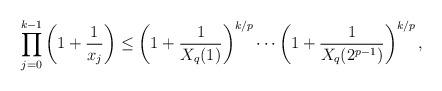
LaTeX: \begin{align*}\prod_{j=0}^{k-1} \left(1 + \frac{1}{x_{j}} \right) &\leq \left(1 + \frac{1}{X_q(1)} \right)^{k/p} \cdots \left(1 + \frac{1}{X_q(2^{p-1})} \right)^{k/p}, \end{align*}